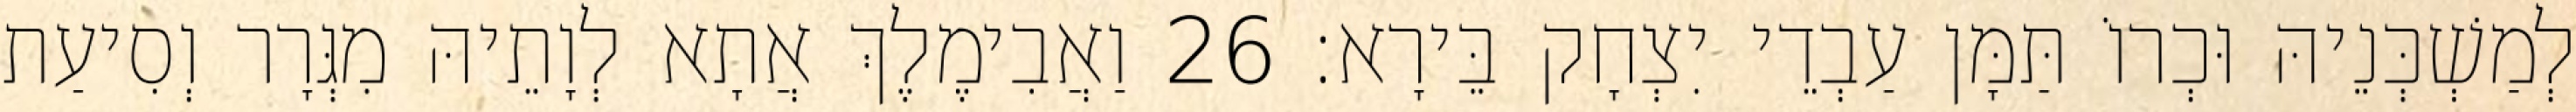
לְמַשְׁכְּנֵיהּ וּכְרוֹ תַּמָּן עַבְדֵי יִצְחָק בֵּירָא׃ 26 וַאֲבִימֶלֶךְ אֲתָא לְוָתֵיהּ מִגְּרָר וְסִיעַת